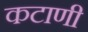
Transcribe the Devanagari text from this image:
कटाणी